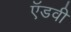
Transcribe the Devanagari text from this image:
ऍडवी